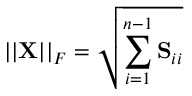
| | \mathbf { X } | | _ { F } = \sqrt { \sum _ { i = 1 } ^ { n - 1 } \mathbf { S } _ { i i } }